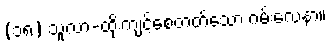
(၁၈) သူလာ-ထိုးကျင့်စေတတ်သော ဂမ်းလေနာ။